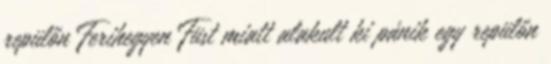
repülőn Ferihegyen Füst miatt alakult ki pánik egy repülőn